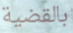
بالقضية